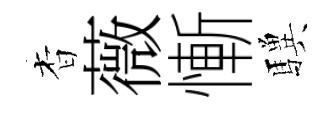
杳薇慚驥